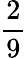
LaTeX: \frac{2}{9}